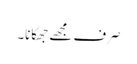
صرف مجھے جھکانا۔